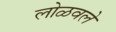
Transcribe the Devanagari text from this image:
लोळवले